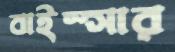
বাইস্সার